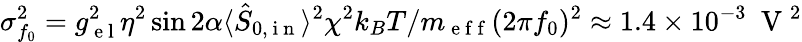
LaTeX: \sigma_{f_{0}}^{2}=g_{\mathrm{~e~l~}}^{2}\eta^{2}\sin 2\alpha\langle\hat{S}_{0,\mathrm{~i~n~}}\rangle^{2}\chi^{2}k_{B}T/m_{\mathrm{~e~f~f~}}(2\pi f_{0})^{2}\approx 1.4\times 10^{-3}~\mathrm{~V~}^{2}